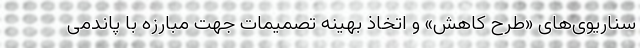
سناریوی‌های «طرح کاهش» و اتخاذ بهینه تصمیمات جهت مبارزه با پاندمی